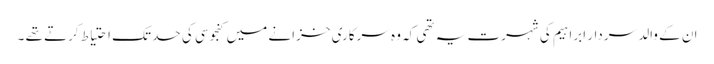
ان کے والد سردار ابراہیم کی شہرت یہ تھی کہ وہ سرکاری خزانے میں کنجوسی کی حد تک احتیاط کرتے تھے ۔